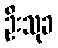
ဦးသုခ